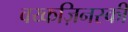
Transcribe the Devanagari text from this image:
वय्कज़िनस्की